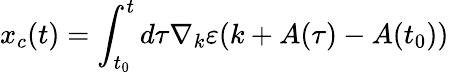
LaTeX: x_{c}(t)=\int_{t_{0}}^{t}d\tau\nabla_{k}\varepsilon(k+A(\tau)-A(t_{0}))